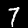
Digit: 7